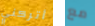
أتركني مع